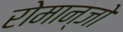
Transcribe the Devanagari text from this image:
रोमान्जो